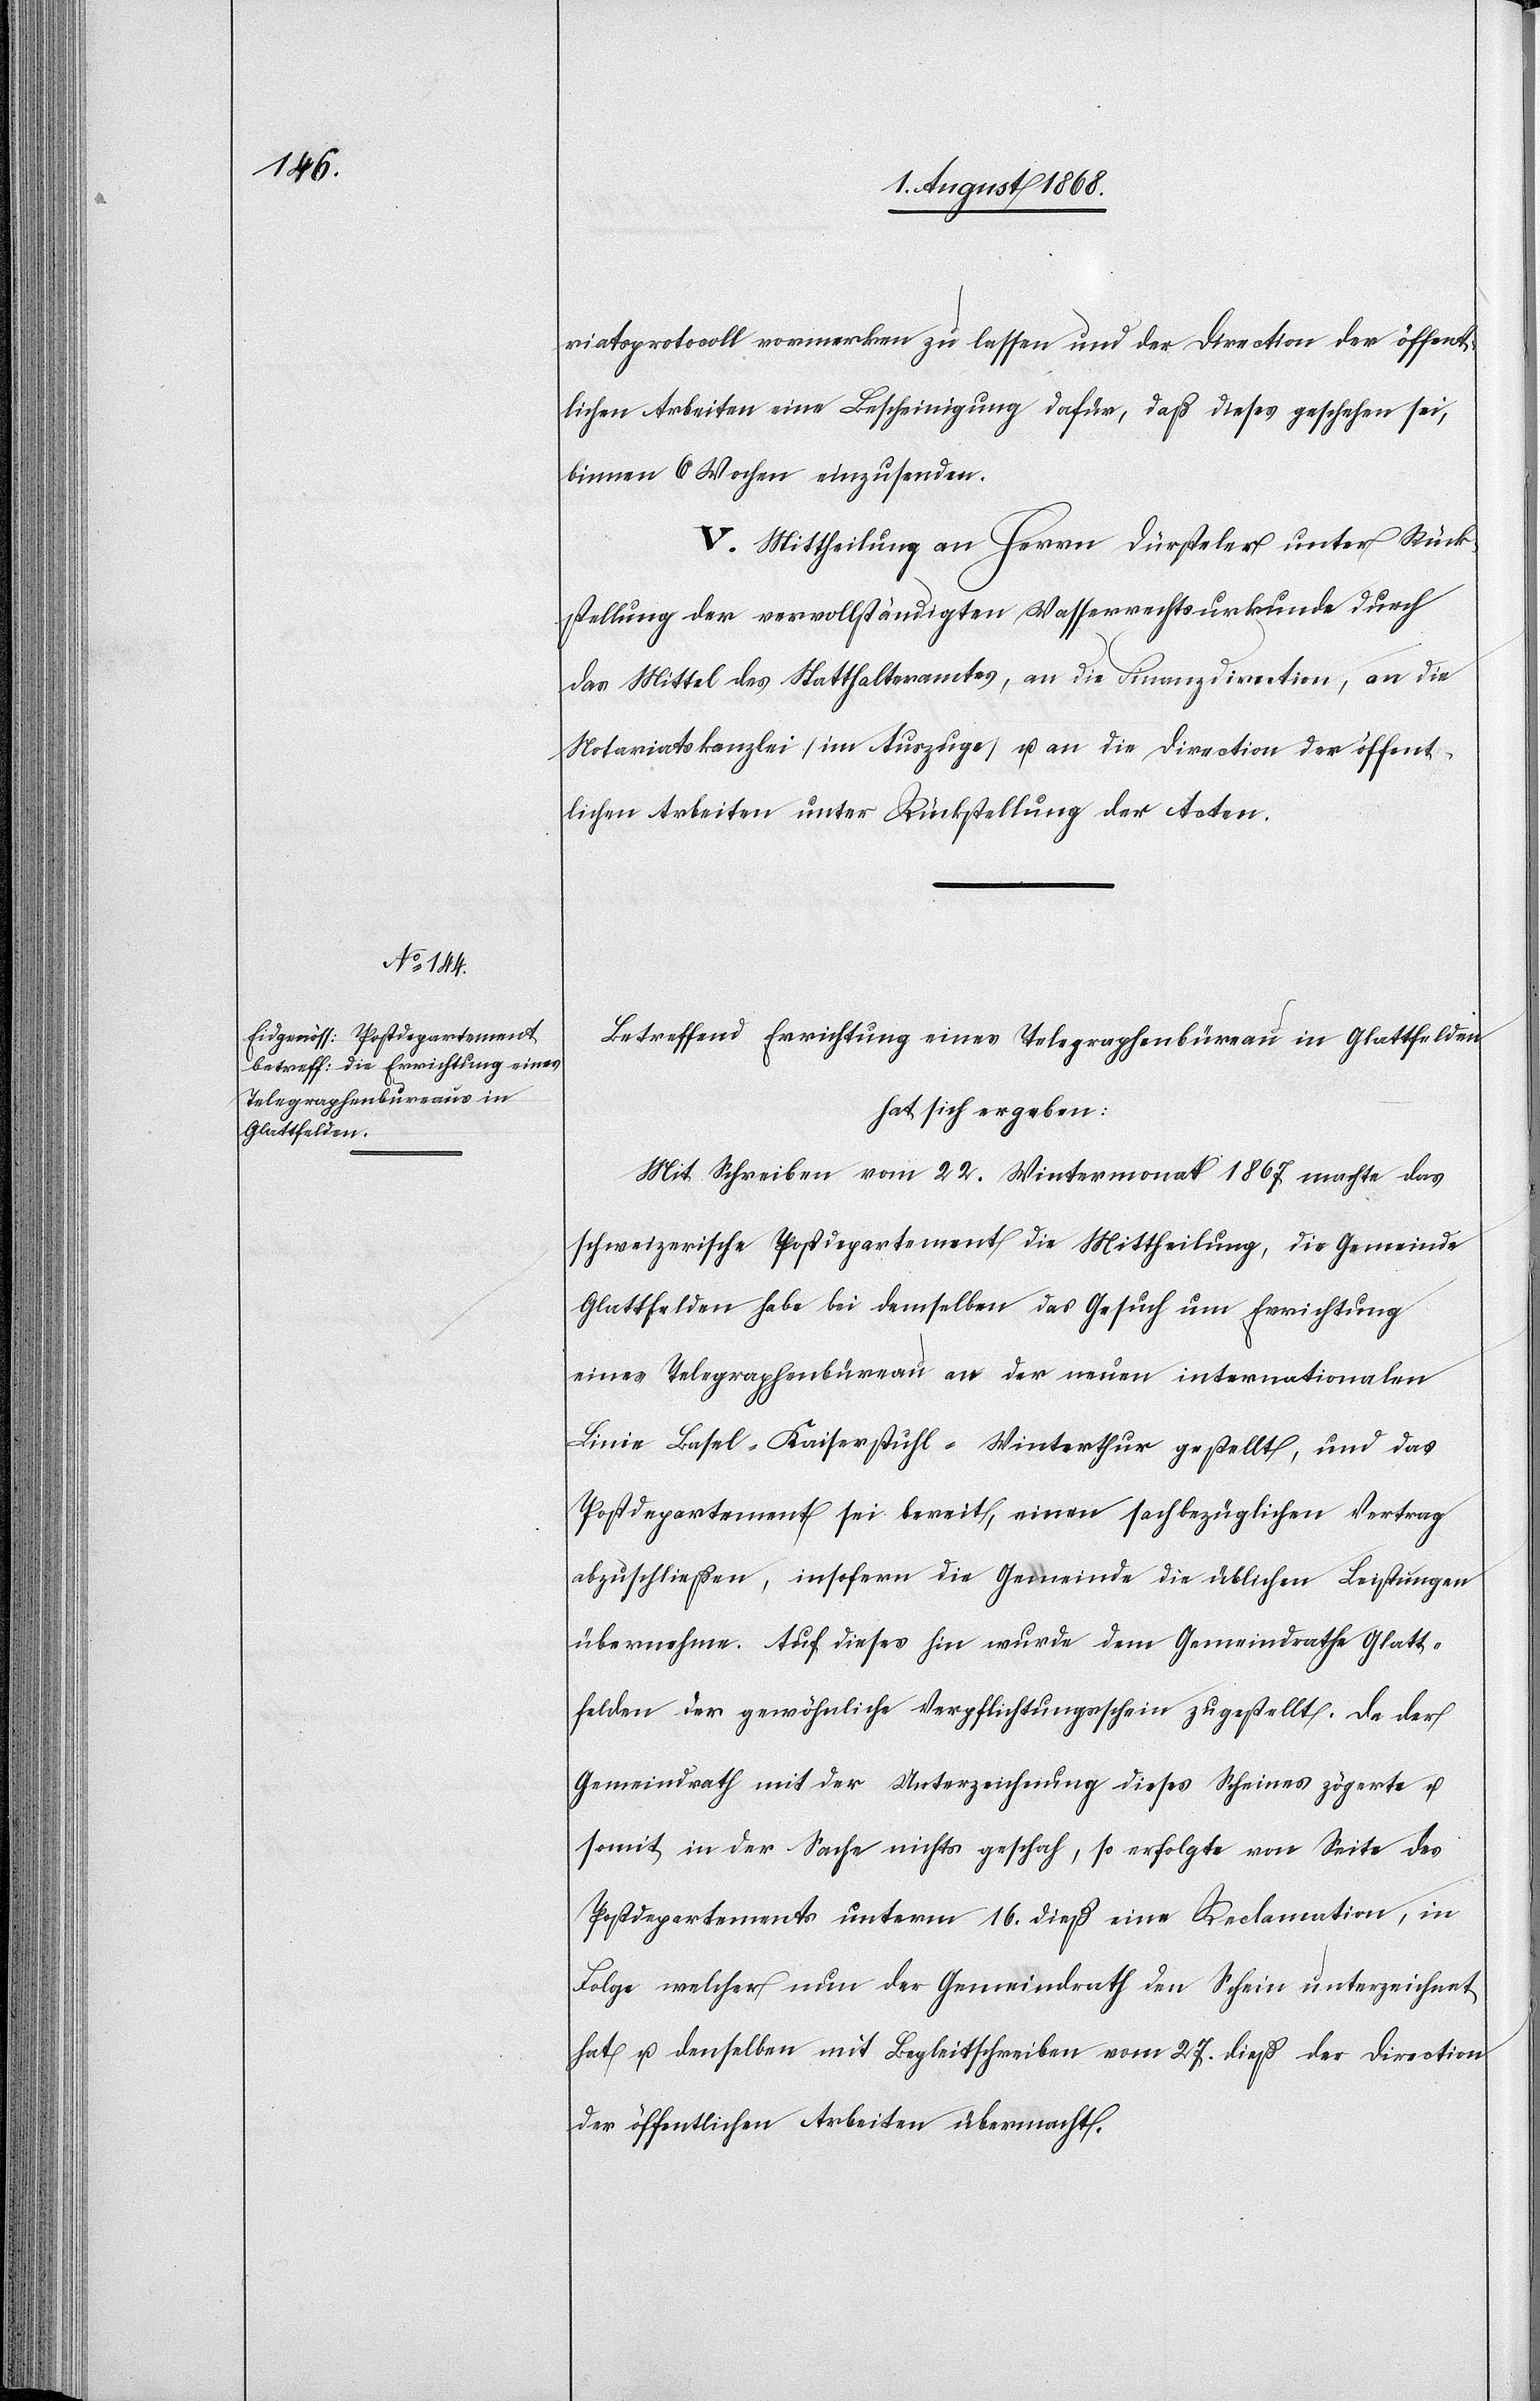
riatsprotocoll vormerken zu lassen und der Direction der öffent¬
lichen Arbeiten eine Bescheinigung dafür, daß dieses geschehen sei,
binnen 6 Wochen einzusenden.
V. Mittheilung an Herrn Dürsteler unter Rück¬
stellung der vervollständigten Wasserrechtsurkunde durch
das Mittel des Statthalteramtes, an die Finanzdirection, an die
Notariatskanzlei (im Auszuge) u. an die Direction der öffent¬
lichen Arbeiten unter Rückstellung der Acten.
Betreffend Errichtung eines Telegraphenbüreau in Glattfelden
hat sich ergeben:
Mit Schreiben vom 22. Wintermonat 1867 machte das
schweizerische Postdepartement die Mittheilung, die Gemeinde
Glattfelden habe bei demselben das Gesuch um Errichtung
eines Telegraphenbüreau an der neuen internationalen
Linie Basel–Kaiserstuhl–Winterthur gestellt, und das
Postdepartement sei bereit, einen sachbezüglichen Vertrag
abzuschließen, insofern die Gemeinde die üblichen Leistungen
übernehme. Auf dieses hin wurde dem Gemeindrathe Glatt¬
felden der gewöhnliche Verpflichtungsschein zugestellt. Da der
Gemeindrath mit der Unterzeichnung dieses Scheines zögerte u.
somit in der Sache nichts geschah, so erfolgte von Seite des
Postdepartements unterm 16. dieß eine Reclamation, in
Folge welcher nun der Gemeindrath den Schein unterzeichnet
hat u. denselben mit Begleitschreiben vom 27. dieß der Direction
der öffentlichen Arbeiten übermacht.